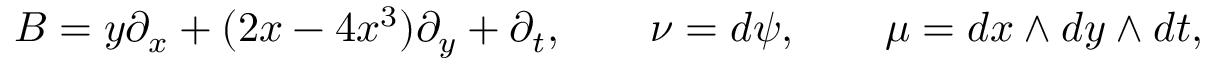
B = y \partial _ { x } + ( 2 x - 4 x ^ { 3 } ) \partial _ { y } + \partial _ { t } , \qquad \nu = d \psi , \qquad \mu = d x \wedge d y \wedge d t ,